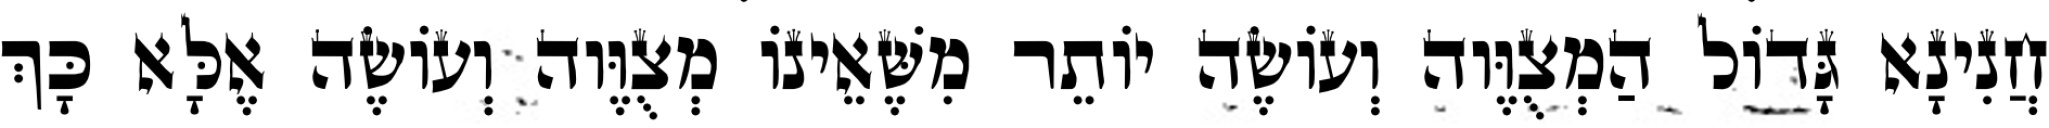
חֲנִינָא גָּדוֹל הַמְצֻוֶּוה וְעוֹשֶׂה יוֹתֵר מִשֶּׁאֵינוֹ מְצֻוֶּוה וְעוֹשֶׂה אֶלָּא כָּךְ